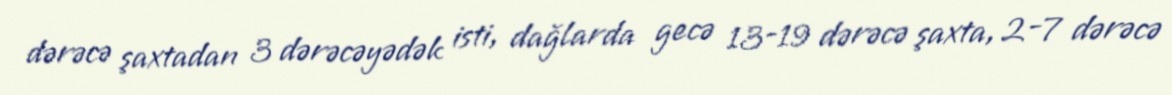
dərəcə şaxtadan 3 dərəcəyədək isti, dağlarda gecə 13-19 dərəcə şaxta, 2-7 dərəcə